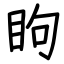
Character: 眗